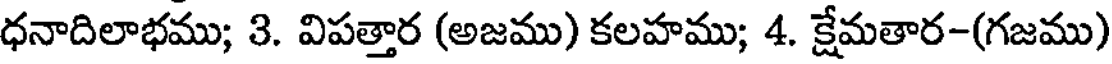
ధనాదిలాభము; 3. విపత్తార (అజము) కలహము; 4. క్షేమతార-(గజము)